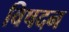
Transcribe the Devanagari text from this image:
विषदन